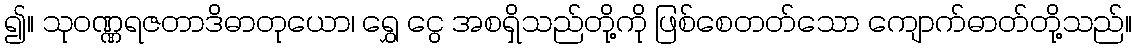
၍။ သုဝဏ္ဏရဇတာဒိဓာတုယော၊ ရွှေ ငွေ အစရှိသည်တို့ကို ဖြစ်စေတတ်သော ကျောက်ဓာတ်တို့သည်။